Senior Leaving Certificate Examination (including Day School Certificate (Higher) General paper), 1949
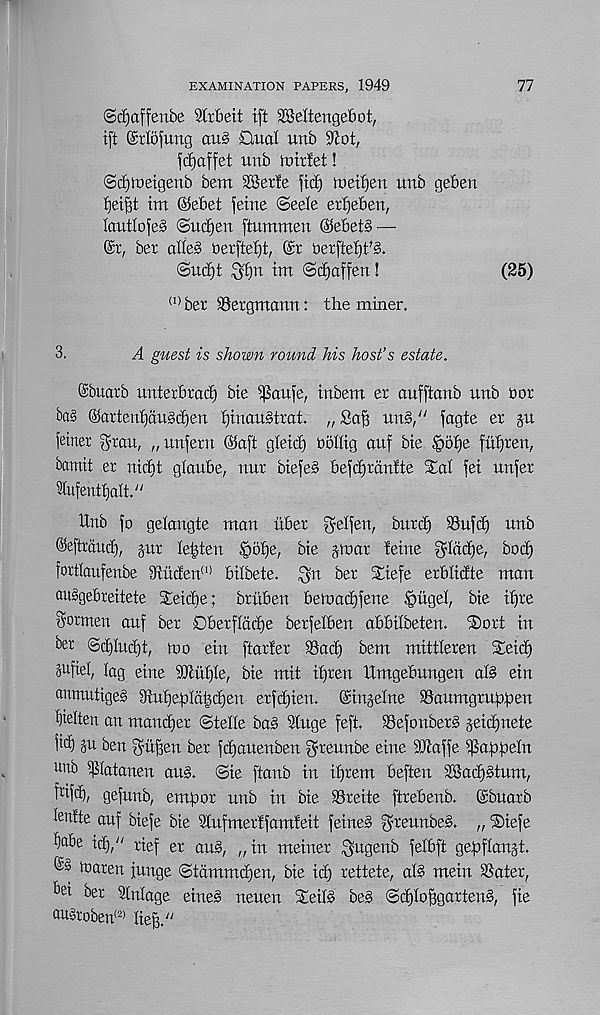
EXAMINATION PAPERS, 1949
77
©djaffetibe Slxbeit ift SMtengebot,
ift ©riofung au§ Q,ual unb
jdjaffet unb roitfet!
0(i)U)etgenb bem SKer'fe fid) tueifjen unb geben
Ijelfd iut @ebet feine ©eele etfjeben,
IautIofe§ @ud)en [tummen ®ebet§ —
@r, ber atle§ Derftetjt, @r Derftefjt^.
©ud)t ^n tm ©djaffen!
(25)
(1) ber SSergmann: the miner.
3.
A guest is shown round his host’s estate.
©buarb unterbrad) bte ^aufe, tubem er aufftaub uub tor
ba§ ©artenf)du§d)eu f)tnau§trat. „ Sap uns," fagte er ju
fetner ^rau, „ uufern @a[t gleid) tiollig auf bte §of)e fufjreu,
bamit er nidtt glaube, nur biefe§ befdjrdufte Xol fet urtjer
dufentljalt."
Unb jo gelangte man itber ^elfeu, burd) S3ufd) unb
©eftrdud), gur lenten .'potje, bte jinar feme ^Iddje, bod)
fortlaufenbe 3titcfert (1) bilbete. ^n ber Stiefe erblidte man
auSgebreitete Setcbe; britben beiuad)fene §itgel, bie if)re
Sormen auf ber Dberfldd)e berfelben abbilbeten. ®ort in
ber ©djludjt, n>o ein ftarfer ®ad) bem mittleren Xetd)
Pfiel, lag etne s 3Jtul)Ie, bte mit tfjren Umgebungen al§ etn
anmuttges 9{uf)ef)Id^d)en erfd)ten. ©tnjelue iBaumgruhben
f)ielten an mandfer ©telle bad 2(uge feft. Sefonberd jeidjnete
fi^ p ben ^u|en ber fdjauenben f^reunbe etne SDtaffe ^afofiefn
unb ^latanen and. ©te ftanb in itjrem beften SSadjdtum,
fdfib, gefunb, empor unb in bie SSreite ftrebenb. ©buarb
lenfte auf biefe bie Stufmerffamfeit feined ^reunbed. „ ®iefe
ijabe id)/' rief er and, „in meiner /yitgenb felbft gepflangt.
tnaren junge ©tdmmdjen, bie id) rettete, aid mein Sater,
bei ber Slnlage eined neuen Steild bed ©djloffgartend, fie
audroben (2) lie^."